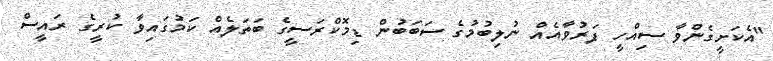
"އެކަށީގެންވާ ސިއްހީ ފަރުވާއެއް ނުލިބުމުގެ ސަބަބުން ޑިމޮކްރަސީގެ ބަތަލެއް ކަމުގައިވާ ކުރީގެ ރައީސް